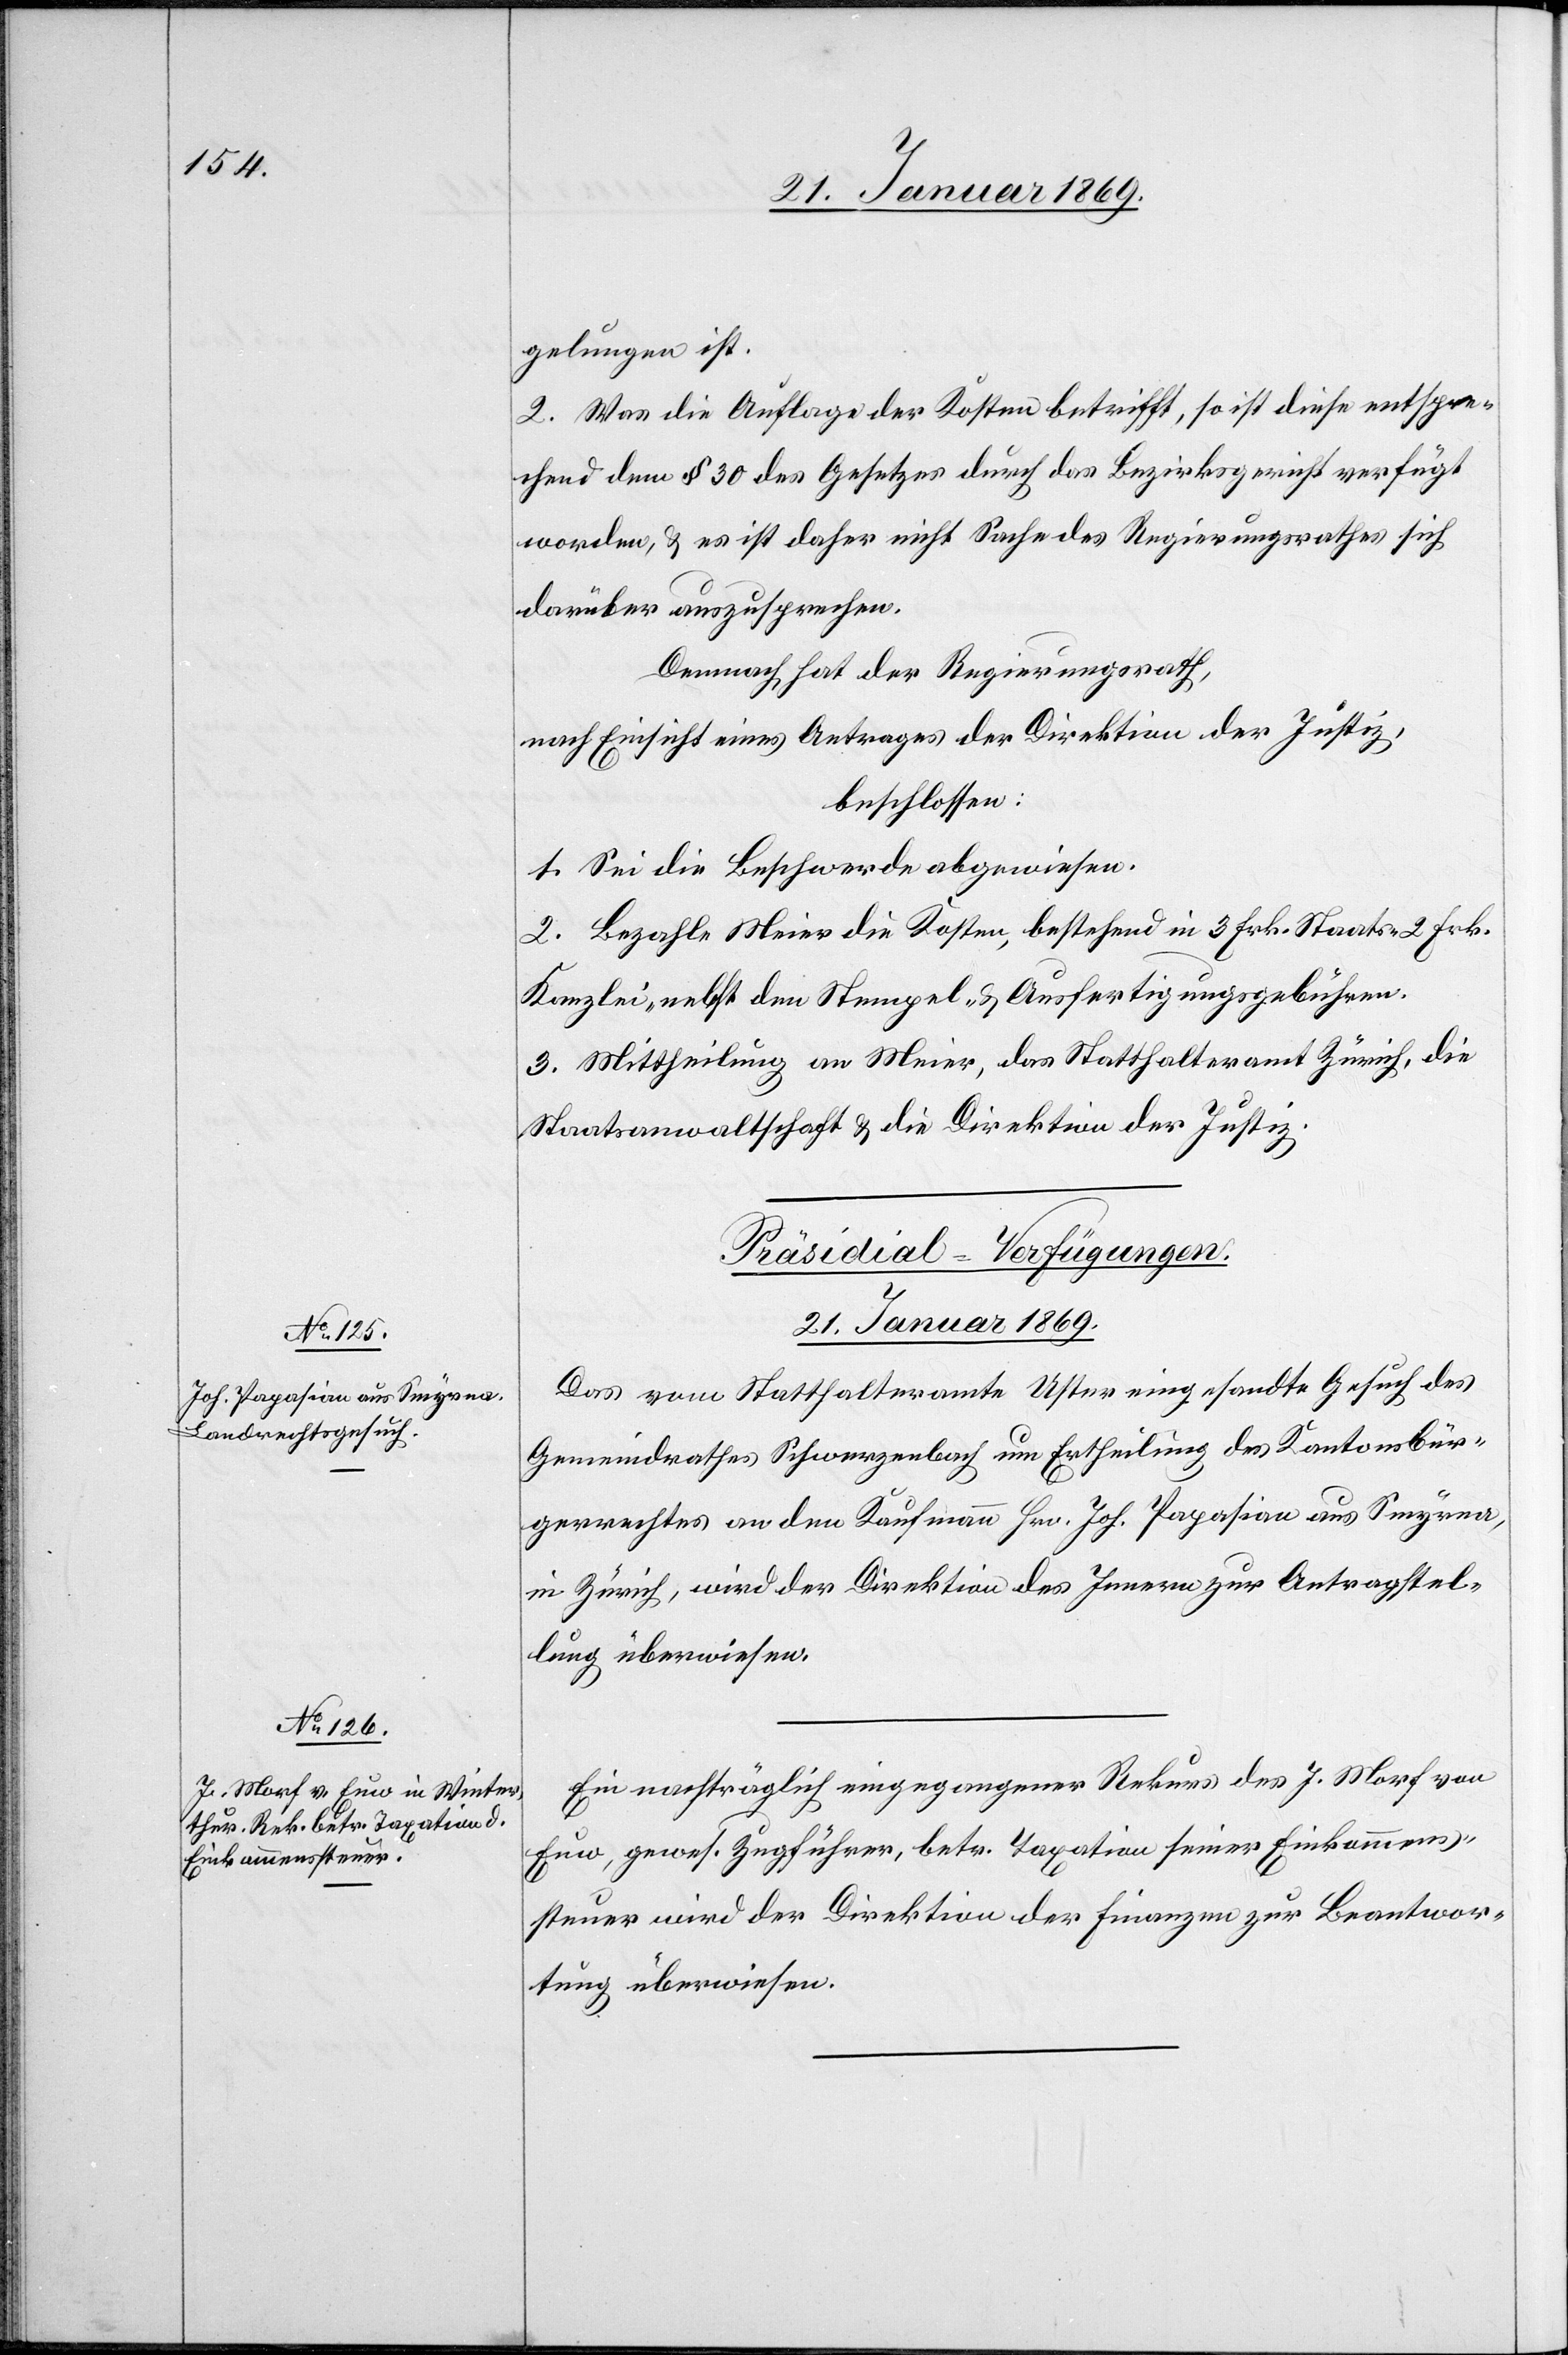
gelungen ist.
2. Was die Auflage der Kosten betrifft, so ist diese entspre¬
chend dem § 30 des Gesetzes durch das Bezirksgericht verfügt
worden, & es ist daher nicht Sache des Regierungsrathes sich
darüber auszusprechen.
Demnach hat der Regierungsrath,
nach Einsicht eines Antrages der Direktion der Justiz,
beschlossen:
1. Sei die Beschwerde abgewiesen.
2. Bezahle Meier die Kosten, bestehend in 3 Frk. Staats-[,] 2 Frk.
Kanzlei- nebst den Stempel- & Ausfertigungsgebühren.
3. Mittheilung an Meier, das Statthalteramt Zürich, die
Staatsanwaltschaft & die Direktion der Justiz.
[Präsidial-Verfügungen.
21. Januar 1869.]
Das vom Statthalteramte Uster eingesandte Gesuch des
Gemeindrathes Schwerzenbach um Ertheilung des Kantonsbür¬
gerrechtes an den Kaufmann Hrn. Joh. Pagasian aus Smyrna,
in Zürich, wird der Direktion des Innern zur Antragstel¬
lung überwiesen.
Ein nachträglich eingegangener Rekurs des J. Morf von
Euw, gewes. Zugführer, betr. Taxation seiner Einkommens¬
steuer wird der Direktion der Finanzen zur Beantwor¬
tung überwiesen.